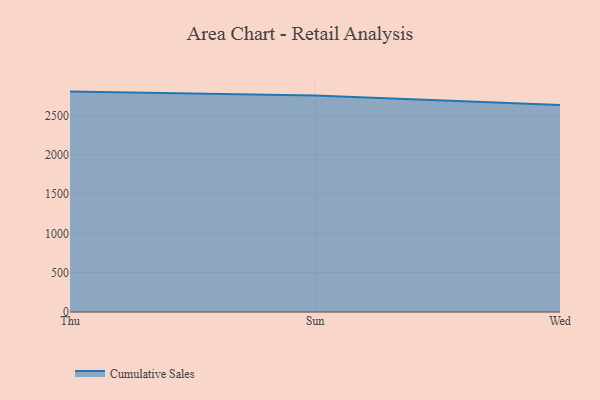
{"axis": {"x": "Day", "y": "Customer Acquisition Cost (USD)"}, "legend": ["Cumulative Sales"], "data": [{"x": "Thu", "y": 2802.2, "type": "Cumulative Sales"}, {"x": "Sun", "y": 2752.1, "type": "Cumulative Sales"}, {"x": "Wed", "y": 2632.7, "type": "Cumulative Sales"}]}